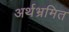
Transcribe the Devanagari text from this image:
अर्थभ्रमित